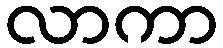
လာကာ